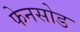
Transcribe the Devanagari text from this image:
फेनसोड